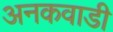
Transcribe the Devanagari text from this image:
अनकवाडी